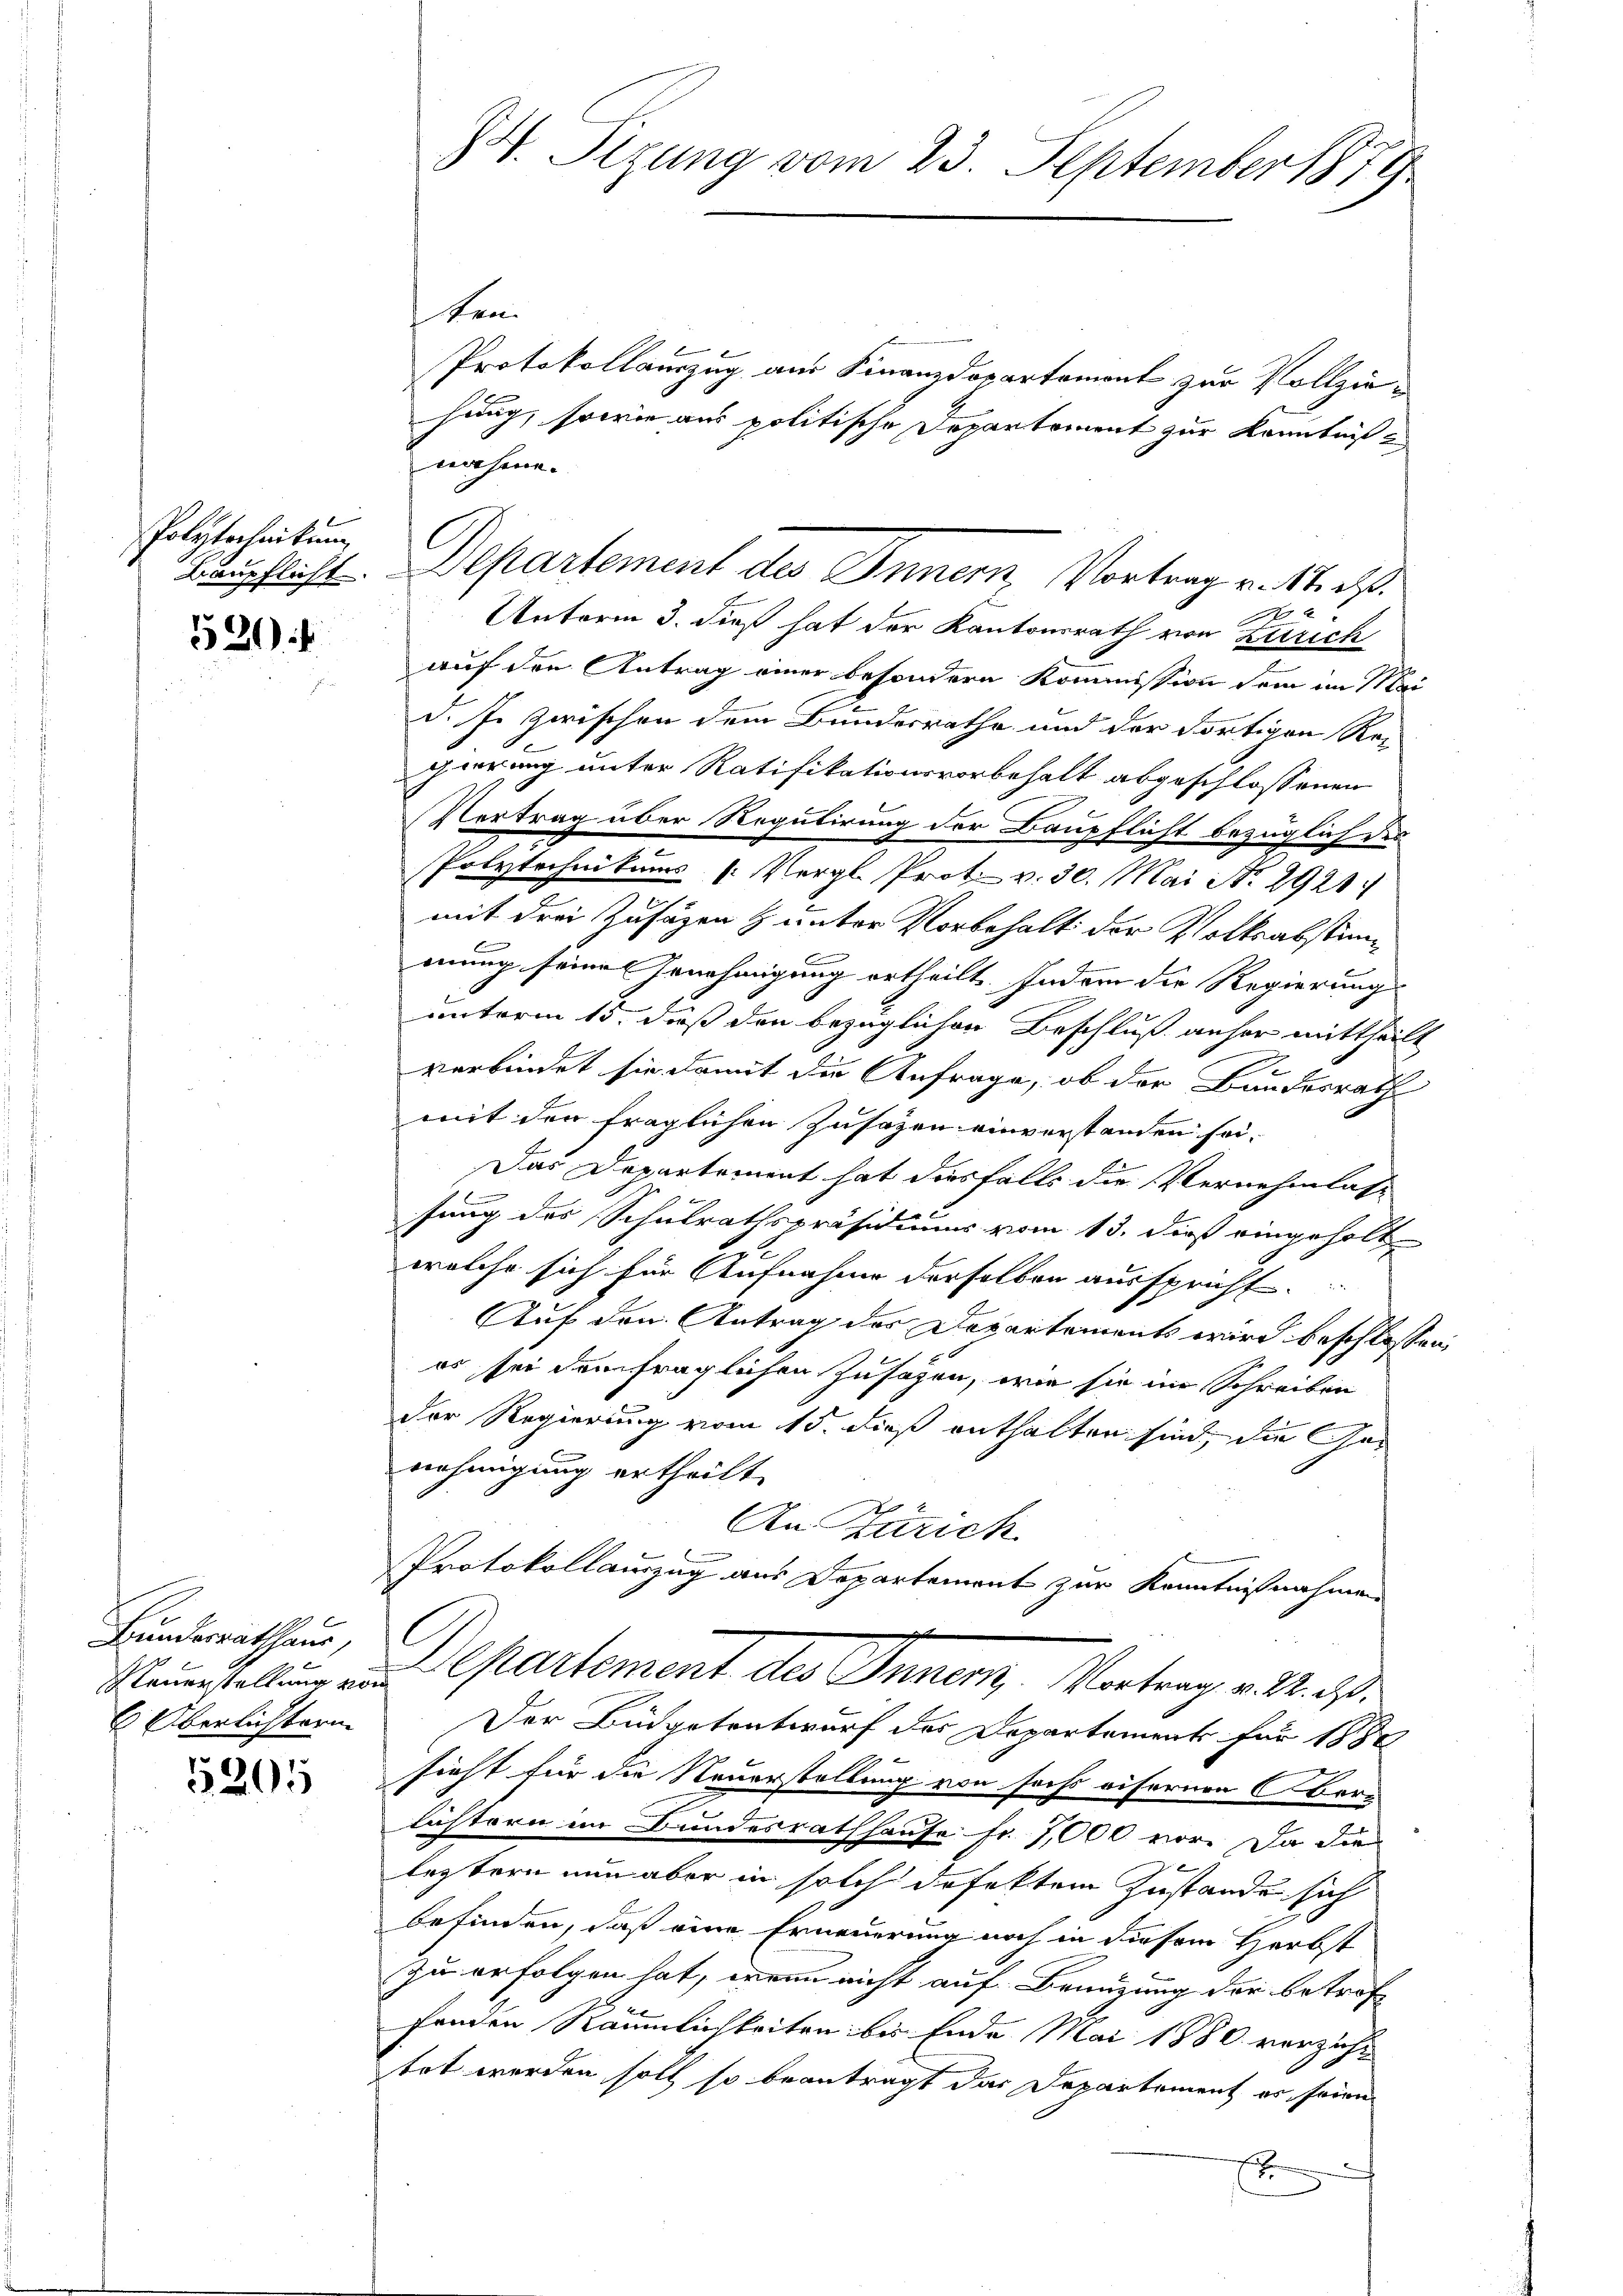
Polytechnikum

530

Hundesrathhaus,
Oberlichtern

5205

84. Sigung vom 23. September 1879

ken.
Protokollauszug aus Finanzdepartement zur Vollziehung, sowie aus politische Departement zur Kenntniße
nahme.
Bärpflicht. Departement des Inner, Vortrag v. Mt. d.
f
Unterm 3. dieß hat der Kantonsrath von Zürich
auf den Antrag einer besondern Kommission dem im Mei
d. Je zwischen dem Bundesrathe und der dortigen Re-
pierung unter Ratifikationsvorbehalt abgeschlossenen
Vertrag über Regulirung der Baupflicht bezüglich des
Polytechnikums (Vergl. Prot. v. 30. Mai No 2921
mit drei Zusätzen & unter Vorbehalt der Volksabstimmung seine Genehmigung ertheilt. Indern die Regierung
unterm 15. daß der bezüglichen Beschluß anher mittheilt
E
verbindet sie damit die Anfrage, ob der Bundesrath
mit den fraglichen Zusagen einverstanden sei¬
Das Departement hat diesfalls die Vernehmlass
sung des Schulrathspräsidiums vom 13. dieß eingeholte
welche sich für Aufnahme derselben ausspricht.
Auf den Antrag des Departements wird beschlossen
es sei dem fraglichen Zusagen, wie sie im Schreiben
Der Regierung vom 15. dieß enthalten sind, die Ge-
nehmigung ertheilt.
An Zürich
Protokollauszug aus Departement zur Kenntnißnahmen
Neuestellung an Chartement des Inner, Vortrag v. M. h.
Der Büdgetentwurf des Departement für 1888
sieht für die Neuerstellung von sechs eifernen Ober-
lichtern im Bundesrathhause fr. 7,000 vor. Da die
leztern nun aber in solch defektem Zustande sich
befinden, daß eine Erneuerung noch in diesem Herbst
zu erfolgen hat, wenn nicht auf Benuzung der betrof
fenden Räumlichkeiten bei Ende Mai 1880 verzicht
tet werden soll so beantragt das Departement es seien
f